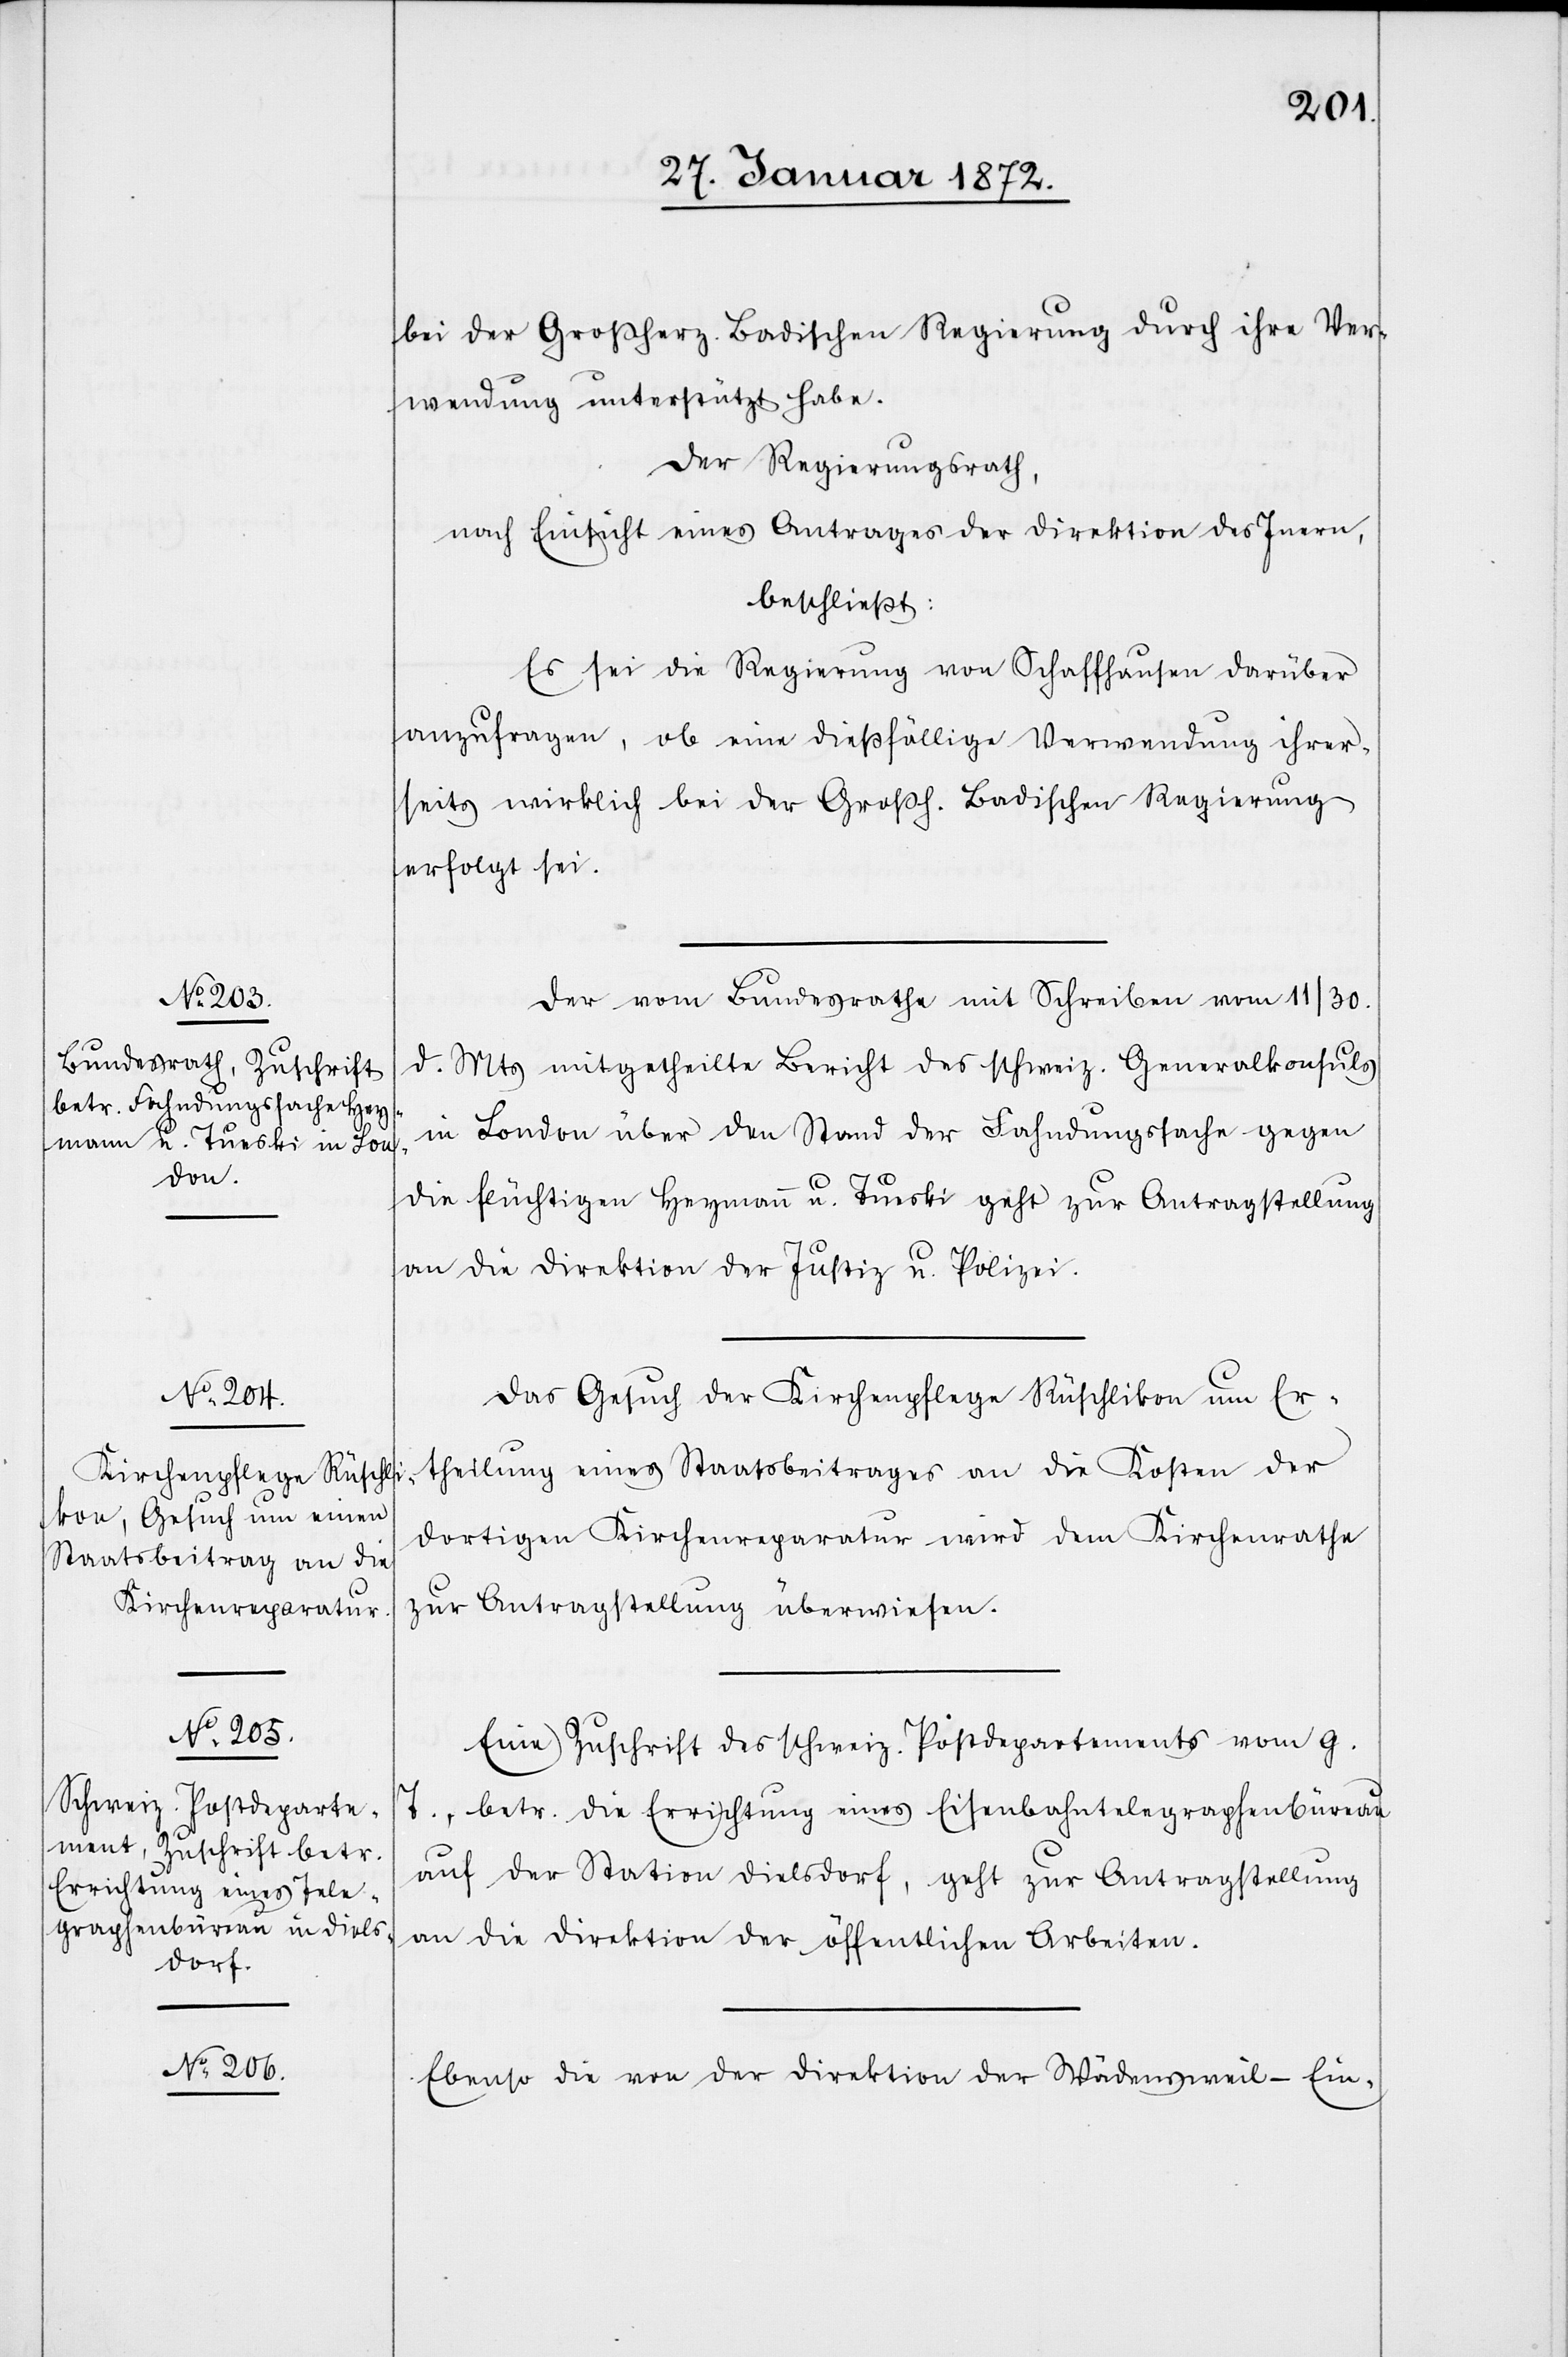
30. Januar 1872.]
bei der Großherz. Badischen Regierung durch ihre Ver¬
wendung unterstützt habe.
Der Regierungsrath,
nach Einsicht eines Antrages der Direktion des Innern,
beschließt:
Es sei die Regierung von Schaffhausen darüber
anzufragen, ob eine dießfällige Verwendung ihrer¬
seits wirklich bei der Großh. Badischen Regierung
erfolgt sei.
Der vom Bundesrathe mit Schreiben vom 11/30.
d. Mts mitgetheilte Bericht des schweiz. Generalkonsuls
in London über den Stand der Fahndungssache gegen
die flüchtigen Heymann u. Tueski geht zur Antragsstellung
an die Direktion der Justiz u. Polizei.
Das Gesuch der Kirchenpflege Rüschlikon um Er¬
theilung eines Staatsbeitrages an die Kosten der
dortigen Kirchenreparatur wird dem Kirchenrathe
zur Antragsstellung überwiesen.
Eine Zuschrift des schweiz. Postdepartements vom g.
T., betr. die Errichtung eines Eisenbahntelegraphenbüreau
auf der Station Dielsdorf, geht zur Antragsstellung
an die Direktion der öffentlichen Arbeiten.
Ebenso die von der Direktion der Wädensweil–Ein-